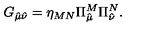
G _ { \hat { \mu } \hat { \nu } } = \eta _ { M N } \Pi _ { \hat { \mu } } ^ { M } \Pi _ { \hat { \nu } } ^ { N } .